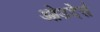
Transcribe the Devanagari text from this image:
ओउदेर्स